Report of the Bombay Veterinary College
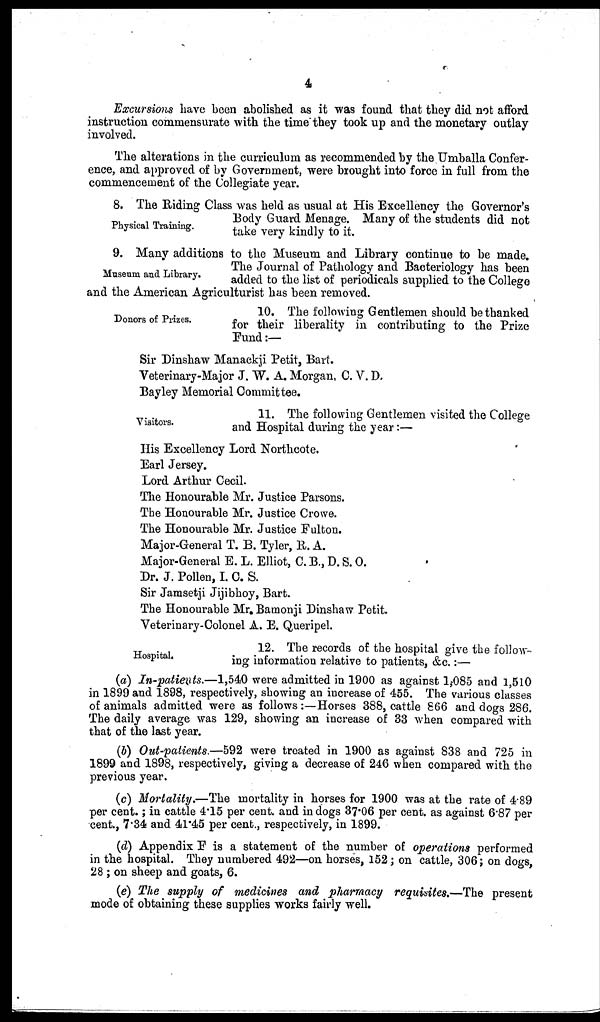
4
Excursions have been abolished as it was found that they did not afford
instruction commensurate with the time they took up and the monetary outlay
involved.
The alterations in the curriculum as recommended by the Umballa Confer-
ence, and approved of by Government, were brought into force in full from the
commencement of the Collegiate year.
Physical Training.
8. The Riding Class was held as usual at His Excellency the Governor's
Body Guard Menage. Many of the students did not
take very kindly to it.
Museum and Library.
9. Many additions to the Museum and Library continue to be made.
The Journal of Pathology and Bacteriology has been
added to the list of periodicals supplied to the College
and the American Agriculturist has been removed.
Donors of Prizes.
10. The following Gentlemen should be thanked
for their liberality in contributing to the Prize
Fund:—
Sir Dinshaw Manackji Petit, Bart.
Veterinary-Major J. W. A. Morgan, C. V. D.
Bayley Memorial Committee.
Visitors.
11. The following Gentlemen visited the College
and Hospital during the year :—
His Excellency Lord Northcote.
Earl Jersey.
Lord Arthur Cecil.
The Honourable Mr. Justice Parsons.
The Honourable Mr. Justice Crowe.
The Honourable Mr. Justice Fulton.
Major-General T. B. Tyler, R. A.
Major-General E. L. Elliot, C. B., D. S. O.
Dr. J. Pollen, I. C. S.
Sir Jamsetji Jijibhoy, Bart.
The Honourable Mr. Bamonji Dinshaw Petit.
Veterinary-Colonel A. E. Queripel.
Hospital.
12. The records of the hospital give the follow-
ing information relative to patients, &c.:—
(a) In-patients.—1,540 were admitted in 1900 as against 1,085 and 1,510
in 1899 and 1898, respectively, showing an increase of 455. The various classes
of animals admitted were as follows :— Horses 388, cattle 866 and dogs 286.
The daily average was 129, showing an increase of 33 when compared with
that of the last year.
(b) Out-patients.—592 were treated in 1900 as against 838 and 725 in
1899 and 1898, respectively, giving a decrease of 246 when compared with the
previous year.
(c) Mortality.—The mortality in horses for 1900 was at the rate of 4.89
per cent.; in cattle 4.15 per cent. and in dogs 37.06 per cent. as against 6.87 per
cent., 7.34 and 41.45 per cent., respectively, in 1899.
(d) Appendix F is a statement of the number of operations performed
in the hospital. They numbered 492—on horses, 152 ; on cattle, 306 ; on dogs,
28 ; on sheep and goats, 6.
(e) The supply of medicines and pharmacy requisites.—The present
mode of obtaining these supplies works fairly well.